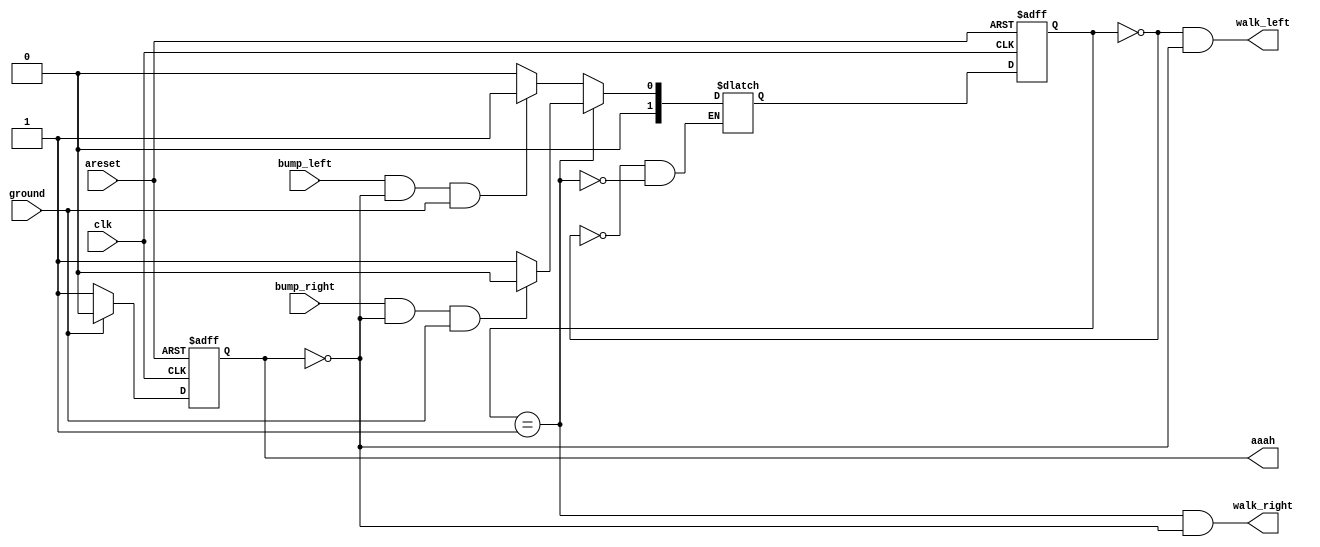
module top_module(
    input clk,
    input areset,    // Freshly brainwashed Lemmings walk left.
    input bump_left,
    input bump_right,
    input ground,
    output walk_left,
    output walk_right,
    output reg aaah ); 
    reg [1:0] cs,ns;
    parameter LEFT=0, RIGHT=1, FALL=2;
    always@(posedge clk,posedge areset)begin
        if(areset) cs<=LEFT;
        else cs<=ns;
    end
    
    always@(*)begin
        case(cs)
            LEFT: ns=(bump_left&~aaah&ground)?RIGHT:LEFT;
            RIGHT: ns=(bump_right&~aaah&ground)?LEFT:RIGHT;
        endcase
    end
    
    always@(posedge clk,posedge areset)begin
        if(areset)begin
            //walk_left<=1;
            //walk_right<=0;
            aaah<=0;
        end
        else begin
            aaah<=(ground)?0:1;
            //walk_right<=(cs==RIGHT&ground);
           // walk_left<=(cs==LEFT&ground);
        end
    end
    
    assign walk_right=(cs==RIGHT&~aaah);
    assign walk_left=(cs==LEFT&~aaah);
    
endmodule